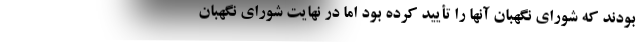
بودند که شورای نگهبان آنها را تأیید کرده بود اما در نهایت شورای نگهبان